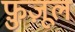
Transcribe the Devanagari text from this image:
फ़ुज़ूल